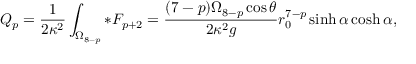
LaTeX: Q _ { p } = \frac { 1 } { 2 \kappa ^ { 2 } } \int _ { \Omega _ { 8 - p } } * F _ { p + 2 } = \frac { ( 7 - p ) \Omega _ { 8 - p } \cos \theta } { 2 \kappa ^ { 2 } g } r _ { 0 } ^ { 7 - p } \sinh \alpha \cosh \alpha ,